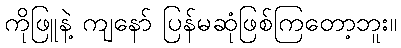
ကိုဖြူနဲ့ ကျနော် ပြန်မဆုံဖြစ်ကြတော့ဘူး။